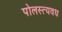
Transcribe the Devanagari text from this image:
पोलस्त्यवध